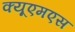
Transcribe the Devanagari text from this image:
क्यूएमएस